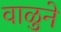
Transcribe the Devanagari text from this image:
वाळुने